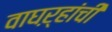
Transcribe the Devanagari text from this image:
वाघऱ्‍हांची